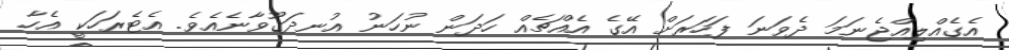
އެގެއްލިއްޖެނަމަ ދެވަނަ ފަހަރަށް އޭގެ އެއްޗެއް ހަދަން ނުހަނު އުނދަގޫވާނެއެވެ. އެޓެރަހަކީ އެހާ